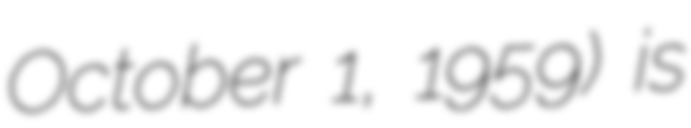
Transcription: October 1, 1959) is